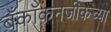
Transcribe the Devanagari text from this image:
बँकॉकनजीकच्या